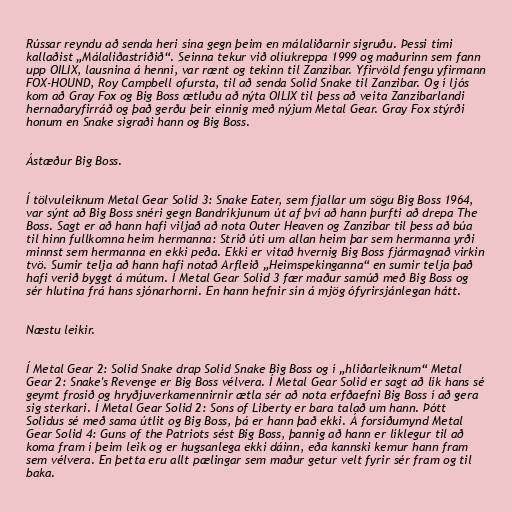
Rússar reyndu að senda heri sína gegn þeim en málaliðarnir sigruðu. Þessi tími
kallaðist „Málaliðastríðið“. Seinna tekur við olíukreppa 1999 og maðurinn sem fann
upp OILIX, lausnina á henni, var rænt og tekinn til Zanzibar. Yfirvöld fengu yfirmann
FOX-HOUND, Roy Campbell ofursta, til að senda Solid Snake til Zanzibar. Og í ljós
kom að Gray Fox og Big Boss ætluðu að nýta OILIX til þess að veita Zanzibarlandi
hernaðaryfirráð og það gerðu þeir einnig með nýjum Metal Gear. Gray Fox stýrði
honum en Snake sigraði hann og Big Boss.

Ástæður Big Boss.

Í tölvuleiknum Metal Gear Solid 3: Snake Eater, sem fjallar um sögu Big Boss 1964,
var sýnt að Big Boss snéri gegn Bandríkjunum út af því að hann þurfti að drepa The
Boss. Sagt er að hann hafi viljað að nota Outer Heaven og Zanzibar til þess að búa
til hinn fullkomna heim hermanna: Stríð úti um allan heim þar sem hermanna yrði
minnst sem hermanna en ekki peða. Ekki er vitað hvernig Big Boss fjármagnað virkin
tvö. Sumir telja að hann hafi notað Arfleið „Heimspekinganna“ en sumir telja það
hafi verið byggt á mútum. Í Metal Gear Solid 3 fær maður samúð með Big Boss og
sér hlutina frá hans sjónarhorni. En hann hefnir sín á mjög ófyrirsjánlegan hátt.

Næstu leikir.

Í Metal Gear 2: Solid Snake drap Solid Snake Big Boss og í „hliðarleiknum“ Metal
Gear 2: Snake's Revenge er Big Boss vélvera. Í Metal Gear Solid er sagt að lík hans sé
geymt frosið og hryðjuverkamennirnir ætla sér að nota erfðaefni Big Boss í að gera
sig sterkari. Í Metal Gear Solid 2: Sons of Liberty er bara talað um hann. Þótt
Solidus sé með sama útlit og Big Boss, þá er hann það ekki. Á forsíðumynd Metal
Gear Solid 4: Guns of the Patriots sést Big Boss, þannig að hann er líklegur til að
koma fram í þeim leik og er hugsanlega ekki dáinn, eða kannski kemur hann fram
sem vélvera. En þetta eru allt pælingar sem maður getur velt fyrir sér fram og til
baka.